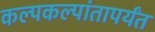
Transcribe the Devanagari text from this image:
कल्पकल्पांतापर्यंत